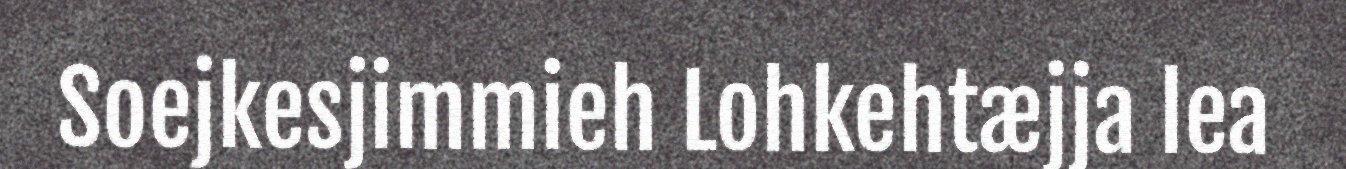
Soejkesjimmieh Lohkehtæjja lea